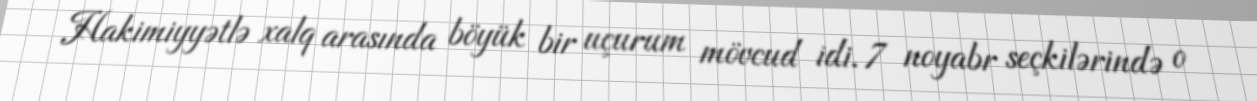
Hakimiyyətlə xalq arasında böyük bir uçurum mövcud idi. 7 noyabr seçkilərində o